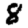
Digit: 8